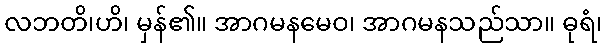
လဘတိ၊ဟိ၊ မှန်၏။ အာဂမနမေဝ၊ အာဂမနသည်သာ။ ဓုရံ၊